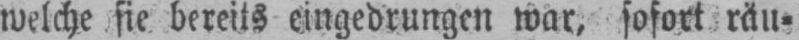
welche sie bereits eingedrungen war, sofort räu⸗